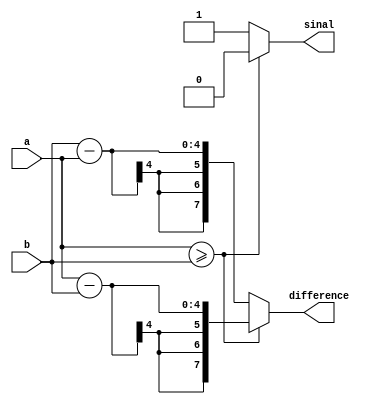
module subtractor(input [3:0] a, input [3:0] b, output [7:0] difference, output sinal);
   always @(*) begin
      if (a >= b) begin
		difference= a - b;
		sinal = 0;
		end else begin
		difference = b - a;
		sinal = 1;
		end
		end
endmodule